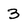
Character: 3